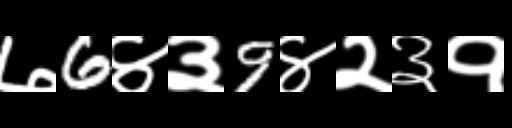
Text: ७6४३9४२३१